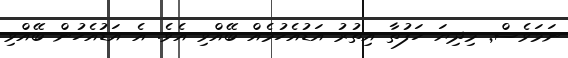
ނަމަވެސް